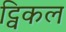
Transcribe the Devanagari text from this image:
ट्विकल